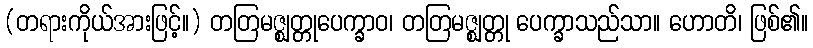
(တရားကိုယ်အားဖြင့်။) တတြမဇ္ဈတ္တုပေက္ခာဝ၊ တတြမဇ္ဈတ္တု ပေက္ခာသည်သာ။ ဟောတိ၊ ဖြစ်၏။